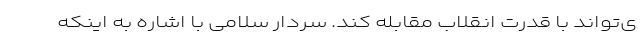
ی‌تواند با قدرت انقلاب مقابله کند. سردار سلامی با اشاره به اینکه